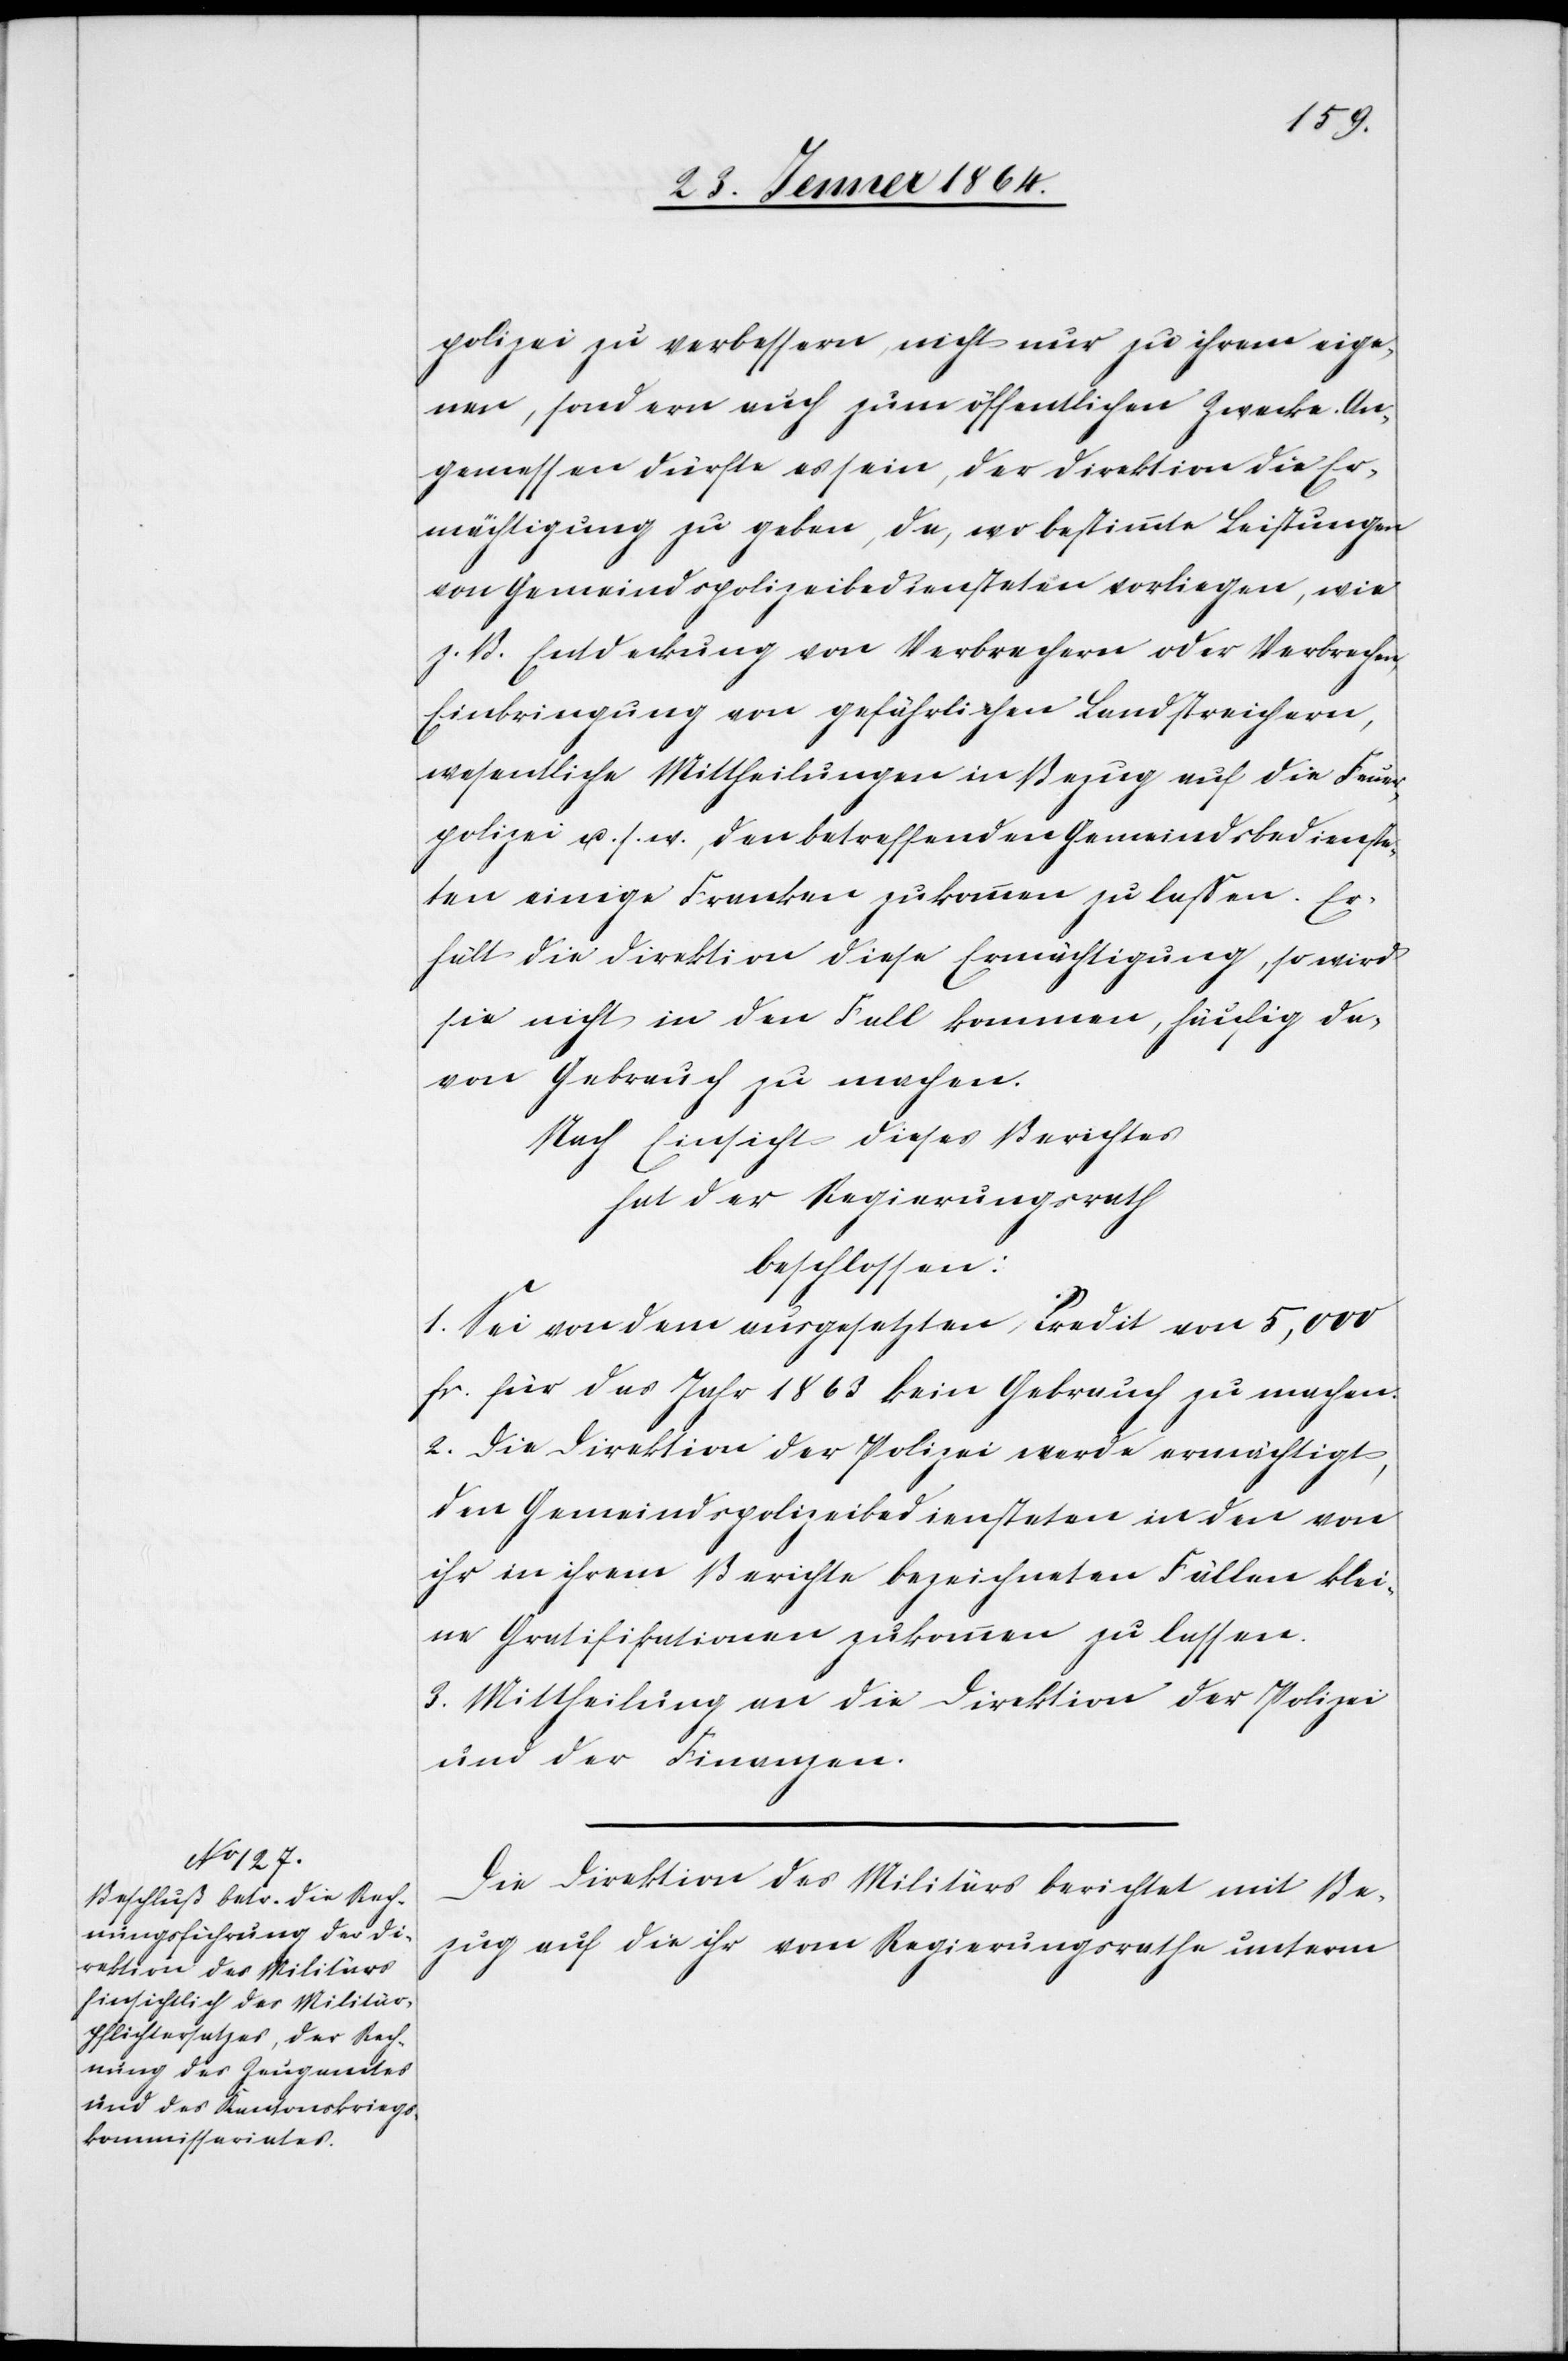
polizei zu verbessern, nicht nur zu ihrem eige¬
nen, sondern auch zum öffentlichen Zwecke. An¬
gemessen dürfte es sein, der Direktion die Er¬
mächtigung zu geben, da, wo bestimmte Leistungen
von Gemeindspolizeibediensteten vorliegen, wie
z. B. Entdeckung von Verbrechern oder Verbrechen,
Einbringung von gefährlichen Landstreichern,
wesentliche Mittheilungen in Bezug auf die Feuer¬
polizei u. s. w., den betreffenden Gemeindsbedienste¬
ten einige Franken zukommen zu lassen. Er¬
hält die Direktion diese Ermächtigung, so wird
sie nicht in den Fall kommen, häufig da¬
von Gebrauch zu machen.
Nach Einsicht dieses Berichtes
hat der Regierungsrath
beschlossen:
1. Sei von dem ausgesetzten Credit von 5,000
fr. für das Jahr 1863 kein Gebrauch zu machen.
2. Die Direktion der Polizei werde ermächtigt,
den Gemeindspolizeibediensteten in den von
ihr in ihrem Berichte bezeichneten Fällen klei¬
ne Gratifikationen zukommen zu lassen.
3. Mittheilung an die Direktion der Polizei
und der Finanzen.
Die Direktion des Militärs berichtet mit Be¬
zug auf die ihr vom Regierungsrathe unterm